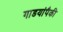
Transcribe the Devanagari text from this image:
गाडयांपैकी